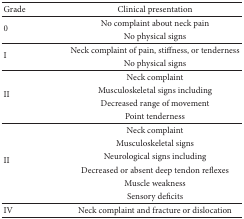
<table><thead><tr><td><b>Grade</b></td><td><b>Clinical presentation</b></td></tr></thead><tbody><tr><td rowspan="2">0</td><td>No complaint about neck pain</td></tr><tr><td>No physical signs</td></tr><tr><td rowspan="2">I</td><td>Neck complaint of pain, stiffness, or tenderness</td></tr><tr><td>No physical signs</td></tr><tr><td rowspan="4">II</td><td>Neck complaint</td></tr><tr><td>Musculoskeletal signs including</td></tr><tr><td>Decreased range of movement</td></tr><tr><td>Point tenderness</td></tr><tr><td rowspan="6">II</td><td>Neck complaint</td></tr><tr><td>Musculoskeletal signs</td></tr><tr><td>Neurological signs including</td></tr><tr><td>Decreased or absent deep tendon reflexes</td></tr><tr><td>Muscle weakness</td></tr><tr><td>Sensory deficits</td></tr><tr><td>IV</td><td>Neck complaint and fracture or dislocation</td></tr></tbody></table>